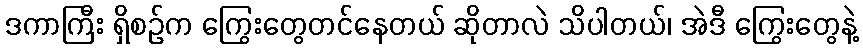
ဒကာကြီး ရှိစဉ်က ကြွေးတွေတင်နေတယ် ဆိုတာလဲ သိပါတယ်၊ အဲဒီ ကြွေးတွေနဲ့